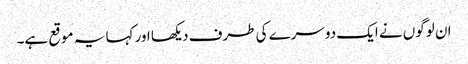
ان لوگوں نے ایک دوسرے کی طرف دیکھا اور کہا یہ موقع ہے۔